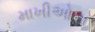
માખીઓના